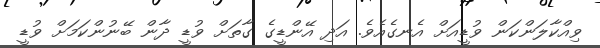
ވިއްކާލަންކަން ވުޑީއަށް އެނގެއެވެ. އަދި އޭންޑީގެ ގާތަށް ވުޑީ ދާން ބޭނުންކަމަށް ވުޑީ